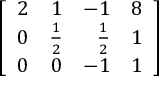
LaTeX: \left[ { \begin{array} { r r r r } { 2 } & { 1 } & { - 1 } & { 8 } \\ { 0 } & { { \frac { 1 } { 2 } } } & { { \frac { 1 } { 2 } } } & { 1 } \\ { 0 } & { 0 } & { - 1 } & { 1 } \end{array} } \right]